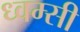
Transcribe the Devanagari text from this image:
ध्वम्सी